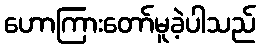
ဟောကြားတော်မူခဲ့ပါသည်